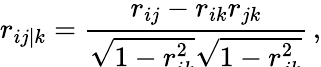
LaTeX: r_{ij|k}=\frac{r_{ij}-r_{ik}r_{jk}}{\sqrt{\smash[b]{1-r_{ik}^{2}}}\sqrt{\smash[b]{1-r_{jk}^{2}}}}\, ,